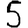
Digit: 5